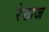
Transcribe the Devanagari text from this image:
रेखज